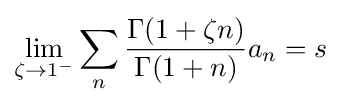
\lim _{\zeta \rightarrow 1^{-}}\sum _{n}{\frac {\Gamma (1+\zeta n)}{\Gamma (1+n)}}a_{n}=s